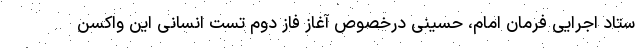
ستاد اجرایی فرمان امام، حسینی درخصوص آغاز فاز دوم تست انسانی این واکسن